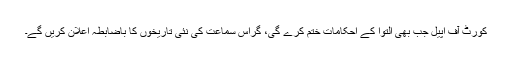
کورٹ آف اپیل جب بھی التوا کے احکامات ختم کرے گی، گراس سماعت کی نئی تاریخوں کا باضابطہ اعلان کریں گے۔